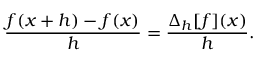
{ \frac { f ( x + h ) - f ( x ) } { h } } = { \frac { \Delta _ { h } [ f ] ( x ) } { h } } .